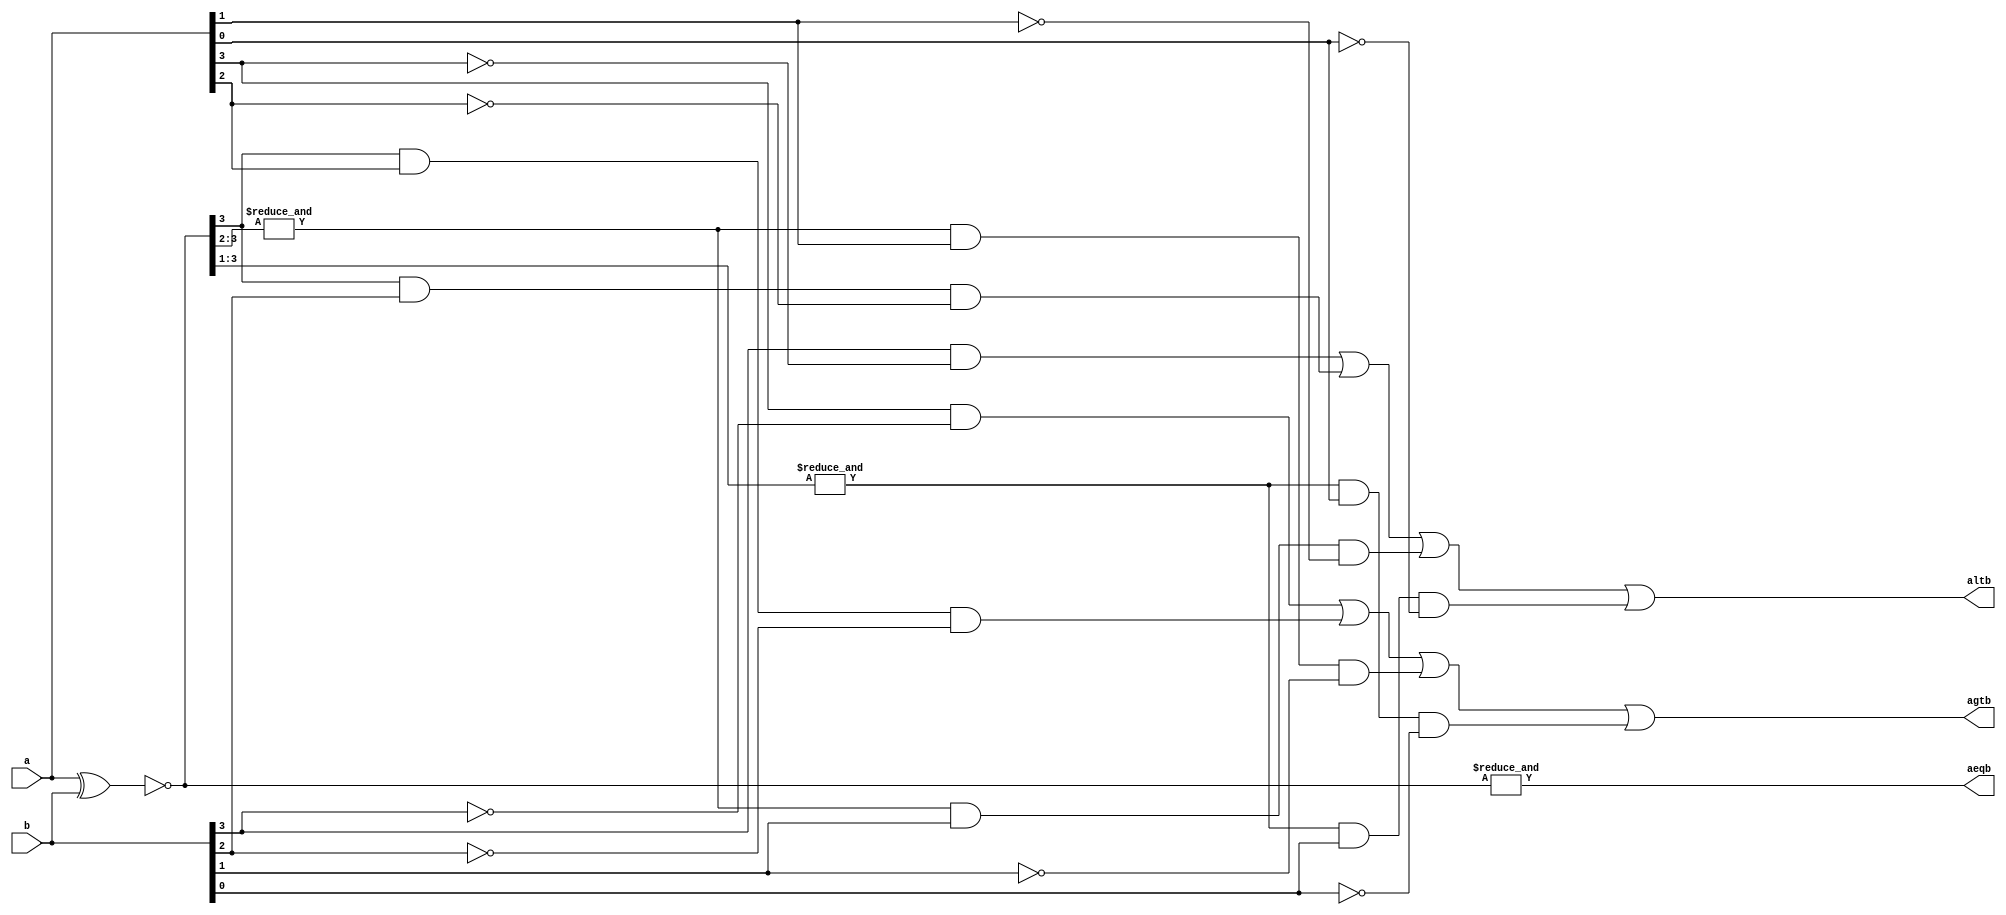
/*
	comparadorMagnitude4b.v
	
	Esse projeto implementa um comparador de 4bits usando fluxo de dados
	
*/

module comparadorMagnitude4b (a,b,aeqb,agtb,altb);

	input [3:0] a,b;
	output aeqb,agtb,altb;
	
	wire [3:0] x; //como vou usar x como intermedirio, preciso declarar eles como wire
	
	assign x = ~(a^b); //vou tentar fazer bitwise!
	assign aeqb = &x; //usando operador de reduo!
	assign agtb = a[3]&(~b[3]) | x[3]&a[2]&(~b[2]) | (&x[3:2])&a[1]&(~b[1]) | (&x[3:1])&a[0]&(~b[0]); //note que usei redues e slices para simplificar o cdigo
	assign altb = b[3]&(~a[3]) | x[3]&b[2]&(~a[2]) | (&x[3:2])&b[1]&(~a[1]) | (&x[3:1])&b[0]&(~a[0]);
	

endmodule